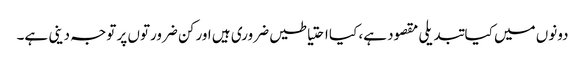
دونوں میں کیا تبدیلی مقصود ہے، کیا احتیاطیں ضروری ہیں اور کن ضرورتوں پر توجہ دینی ہے۔